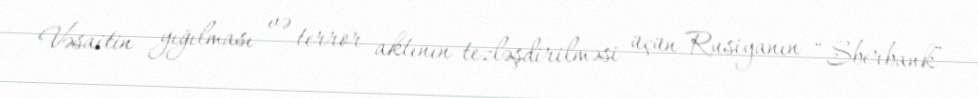
Vəsaitin yığılması və terror aktının tezləşdirilməsi üçün Rusiyanın “Sberbank”